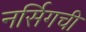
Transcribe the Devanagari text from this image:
नर्सिगची